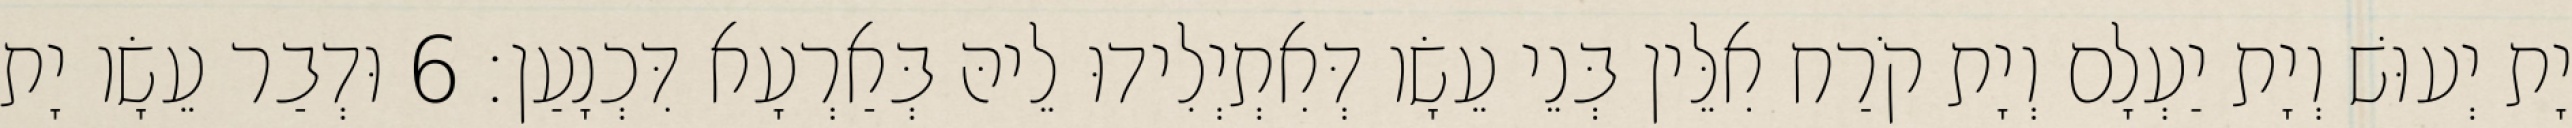
יָת יְעוּשׁ וְיָת יַעְלָם וְיָת קֹרַח אִלֵּין בְּנֵי עֵשָׂו דְּאִתְיְלִידוּ לֵיהּ בְּאַרְעָא דִּכְנָעַן׃ 6 וּדְבַר עֵשָׂו יָת